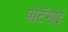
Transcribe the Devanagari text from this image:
पोटॅमोइ